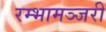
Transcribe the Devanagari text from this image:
रम्भामञ्जरी